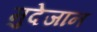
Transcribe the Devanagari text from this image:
मुदेजान